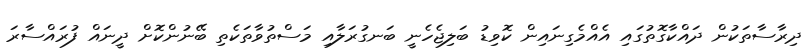
ދިރާސާތަކުން ދައްކާގޮތުގައި އެއްމެގިނައިން ކޮވިޑު ބަލިޖެހެނީ ބަނގުރަލާއި މަސްތުވާތަކެތި ބޭނުންކޮށް ދީނައް ފުރައްސާރަ